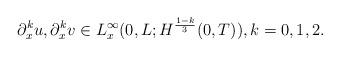
LaTeX: \begin{align*}\partial_x^k u,\partial_x^k v \in L^{\infty}_x(0,L;H^{\frac{1-k}{3}}(0,T)), k=0,1,2.\end{align*}